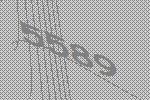
5589